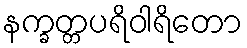
နက္ခတ္တပရိဝါရိတော